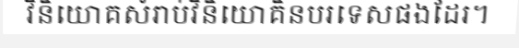
វិនិយោគសំរាប់វិនិយោគិនបរទេសផងដែរ។